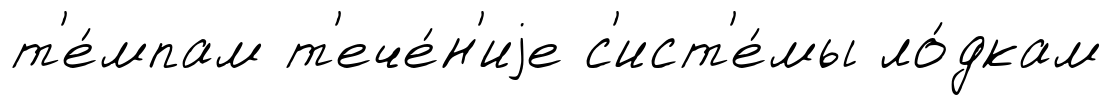
т'е́мпам т'ече́н'иjе с'ист'е́мы ло́дкам